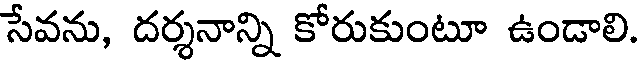
సేవను, దర్శనాన్ని కోరుకుంటూ ఉండాలి.